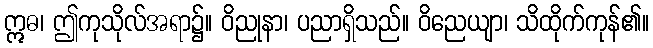
ဣဓ၊ ဤကုသိုလ်အရာ၌။ ဝိညုနာ၊ ပညာရှိသည်။ ဝိညေယျာ၊ သိထိုက်ကုန်၏။